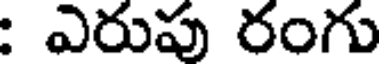
: ఎరుపు రంగు